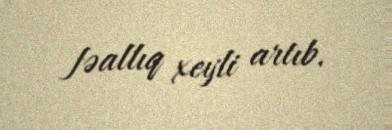
fəallıq xeyli artıb.